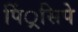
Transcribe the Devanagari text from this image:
पिं्रसिपे